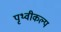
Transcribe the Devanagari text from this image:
पृथ्वीकल्प